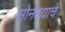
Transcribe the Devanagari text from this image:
सोनक्याचे